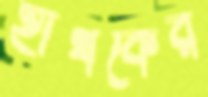
হাথকের